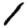
Digit: 1